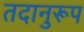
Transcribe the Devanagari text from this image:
तदानुरूप